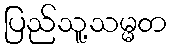
ပြည်သူ့သမ္မတ